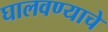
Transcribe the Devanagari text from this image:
घालवण्याचे